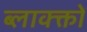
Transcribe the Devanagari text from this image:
ब्लाक्क्तों